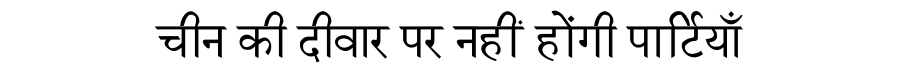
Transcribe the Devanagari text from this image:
चीन की दीवार पर नहीं होंगी पार्टियाँ